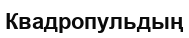
Квадропульдың